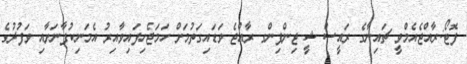
ފޮޓޯ:ރާއްޖެއެމްވީ ޗައިނާގެ ރައީސް ޝީ ޖިންޕިންގ ރާއްޖެ ވަޑައިގަތުމަށް ހަމަޖެހިފައިވާއިރު އެމަނިކުފާނަށާއި ވަފުދުގެ